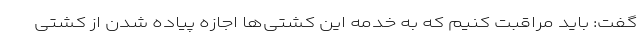
گفت: باید مراقبت کنیم که به خدمه این کشتی‌ها اجازه پیاده شدن از کشتی